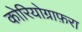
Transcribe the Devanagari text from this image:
कोरियोग्राफ़रा